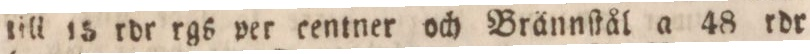
till 15 rdr rgs per centner och Brännſtål a 48 rdr